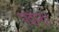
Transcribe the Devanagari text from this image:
पदान॥